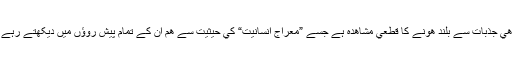
يہ وھي جذبات سے بلند ھونے کا قطعي مشاھدہ ہے جسے ”معراج انسانيت“ کي حيثيت سے ھم ان کے تمام پيش روؤں ميں ديکھتے رہے ہيں۔